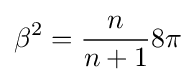
\beta ^{2}={\frac {n}{n+1}}8\pi